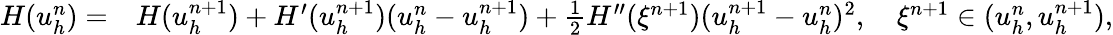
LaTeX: \begin{array}{rl}{H(u_{h}^{n})=}&{H(u_{h}^{n+1})+H^{\prime}(u_{h}^{n+1})(u_{h}^{n}-u_{h}^{n+1})+\frac 12H^{\prime\prime}(\xi^{n+1})(u_{h}^{n+1}-u_{h}^{n})^{2},\quad\xi^{n+1}\in(u_{h}^{n},u_{h}^{n+1}),}\end{array}